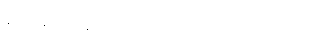
နည်းနည်း နားတာ ကောင်းမယ် ထင်တယ်။